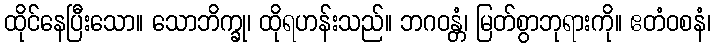
ထိုင်နေပြီးသော။ သောဘိက္ခု၊ ထိုရဟန်းသည်။ ဘဂဝန္တံ၊ မြတ်စွာဘုရားကို။ ဧတံဝစနံ၊